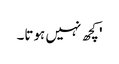
' کچھ نہیں ہوتا۔